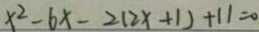
x ^ { 2 } - 6 x - 2 ( 2 x + 1 ) + 1 1 = 0